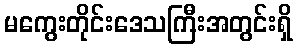
မကွေးတိုင်းဒေသကြီးအတွင်းရှိ